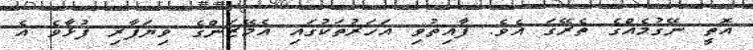
އޮތީ ނޭގުމެއްގެ ތެރޭގަ އެވެ. ފާއިތުވި އަހަރުތަކުގައި އެމޭޒަންގެ ވިޔަފާރި ފުޅާވެ އެ